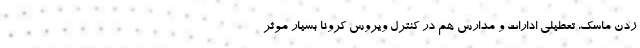
زدن ماسک، تعطیلی ادارات و مدارس هم در کنترل ویروس کرونا بسیار موثر